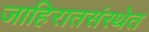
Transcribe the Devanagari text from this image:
जाहिरातसंस्थेत